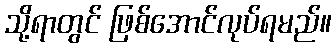
သို့ရာတွင် ဖြစ်အောင်လုပ်ရမည်။